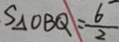
S _ { \Delta } O B Q = \frac { 6 } { 2 }